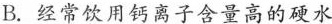
B.经常饮用钙离子含量高的硬水